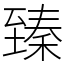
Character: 臻